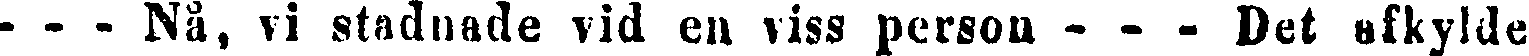
- - - Nå, vi stadnade vid en viss person - - - Det afkylde